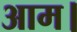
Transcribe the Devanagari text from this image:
आम।